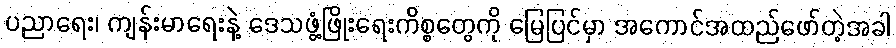
ပညာရေး၊ ကျန်းမာရေးနဲ့ ဒေသဖွံ့ဖြိုးရေးကိစ္စတွေကို မြေပြင်မှာ အကောင်အထည်ဖော်တဲ့အခါ